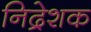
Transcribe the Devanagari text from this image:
निद्रेशक